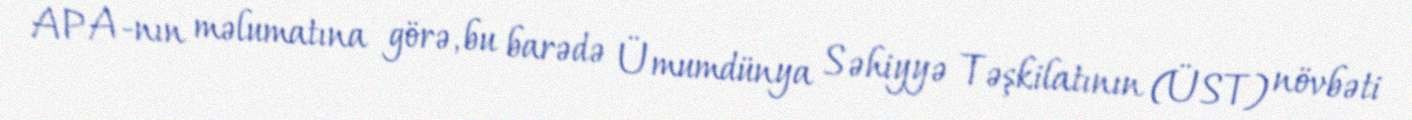
APA-nın məlumatına görə, bu barədə Ümumdünya Səhiyyə Təşkilatının (ÜST) növbəti